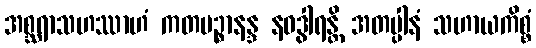
အစ္ဆရာသဟဿာဟံ ကတမဉ္စာနန္ဒ နဝဒွါရန္တိ အတပ္ပါနံ သဟာယကိစ္စံ